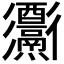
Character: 𨤅